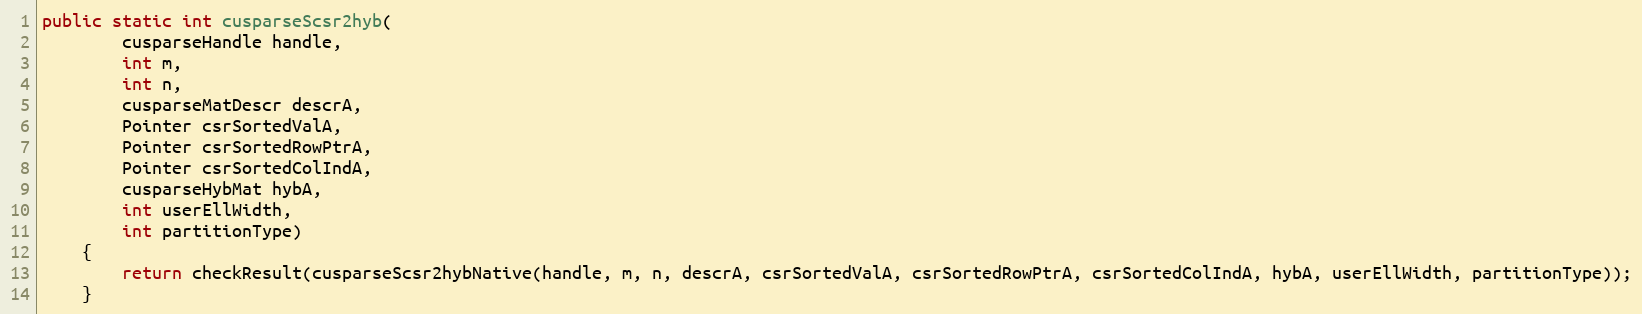
Language: Java
public static int cusparseScsr2hyb(
        cusparseHandle handle,
        int m,
        int n,
        cusparseMatDescr descrA,
        Pointer csrSortedValA,
        Pointer csrSortedRowPtrA,
        Pointer csrSortedColIndA,
        cusparseHybMat hybA,
        int userEllWidth,
        int partitionType)
    {
        return checkResult(cusparseScsr2hybNative(handle, m, n, descrA, csrSortedValA, csrSortedRowPtrA, csrSortedColIndA, hybA, userEllWidth, partitionType));
    }